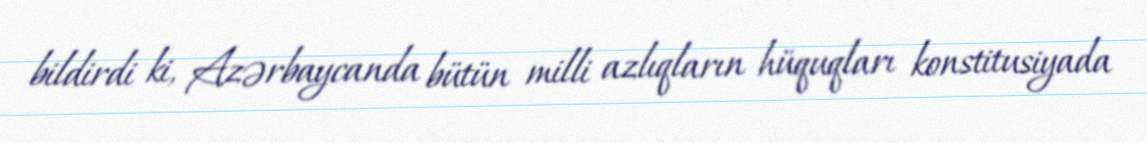
bildirdi ki, Azərbaycanda bütün milli azlıqların hüquqları konstitusiyada